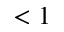
< 1